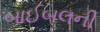
બાઈબલની